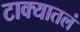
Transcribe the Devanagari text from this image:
टाक्यातलं